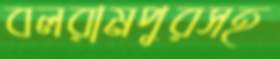
বলরামপুরসহ